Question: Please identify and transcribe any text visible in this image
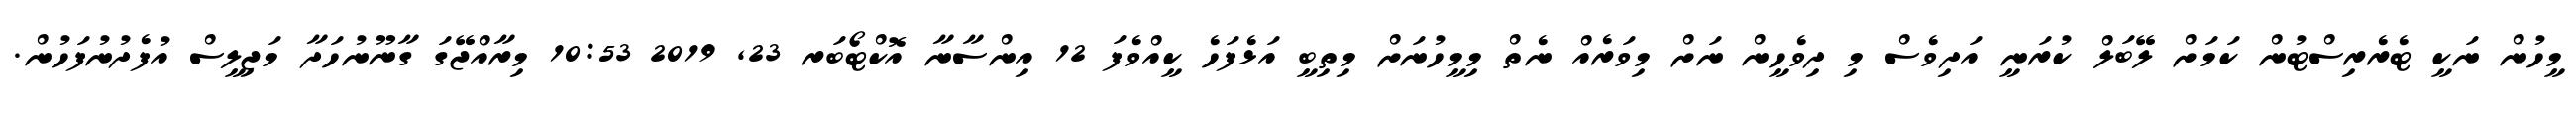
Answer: މީހުން ނަކީ ޓެރެރިސްޓުން ކަމަށް ލޭބަލް ކުރަނީ އަދިވެސް މި ދިވެހީން ނަށް މިވަރެއް ނެތް މިމީހުނަށް މިތިބީ އަޅެފަހެ ކީއްވެފަ 12 އިންސާނާ އޮކްޓޯބަރ 23, 2019 10:53 މިރާއްޖޭގަ ގާނޫނުހަދާ މަޖިލީސް އުފެދުނުފަހުން.